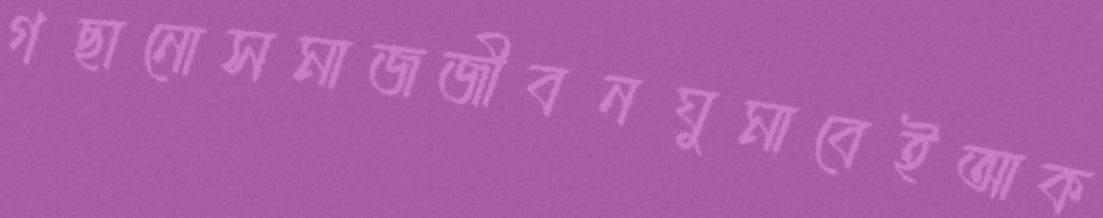
গছানোসমাজজীবনঘুমাবেইআক